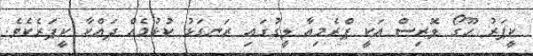
ކީޕަރު ހޫގޯ ލޮރިސް އަކީ ޕްރެމިއާ ލީގުގައި ރަނގަޅު ކުޅުމެއް ދައްކާ ކީޕަރެކެވެ.